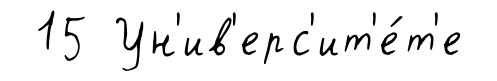
15 Ун'ив'ерс'ит'е́т'е